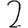
Digit: 2